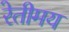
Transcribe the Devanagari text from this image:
रेतीमय